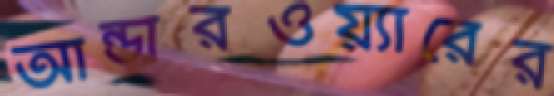
আন্ডারওয়্যারের